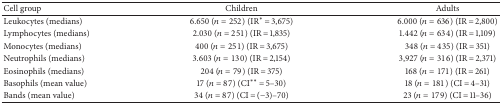
<table><thead><tr><td><b>Cell group</b></td><td><b>Children</b></td><td><b>Adults</b></td></tr></thead><tbody><tr><td>Leukocytes (medians)</td><td>6.650 (<i>n</i> = 252) (IR<sup><i>∗</i></sup> = 3,675)</td><td>6.000 (<i>n</i> = 636) (IR = 2,800)</td></tr><tr><td>Lymphocytes (medians)</td><td>2.030 (<i>n</i> = 251) (IR = 1,835)</td><td>1.442 (<i>n</i> = 634) (IR = 1,109)</td></tr><tr><td>Monocytes (medians)</td><td>400 (<i>n</i> = 251) (IR = 3,675)</td><td>348 (<i>n</i> = 435) (IR = 351)</td></tr><tr><td>Neutrophils (medians)</td><td>3.603 (<i>n</i> = 130) (IR = 2,154)</td><td>3,927 (<i>n</i> = 316) (IR = 2,371)</td></tr><tr><td>Eosinophils (medians)</td><td>204 (<i>n</i> = 79) (IR = 375)</td><td>168 (<i>n</i> = 171) (IR = 261)</td></tr><tr><td>Basophils (mean value)</td><td>17 (<i>n</i> = 87) (CI<sup><i>∗∗</i></sup> = 5–30)</td><td>18 (<i>n</i> = 181) (CI = 4–31)</td></tr><tr><td>Bands (mean value)</td><td>34 (<i>n</i> = 87) (CI = (−3)–70)</td><td>23 (<i>n</i> = 179) (CI = 11–36)</td></tr></tbody></table>